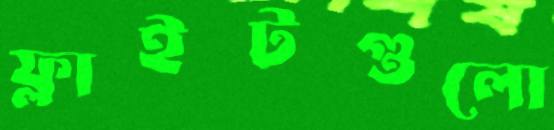
ফ্লাইটগুলো